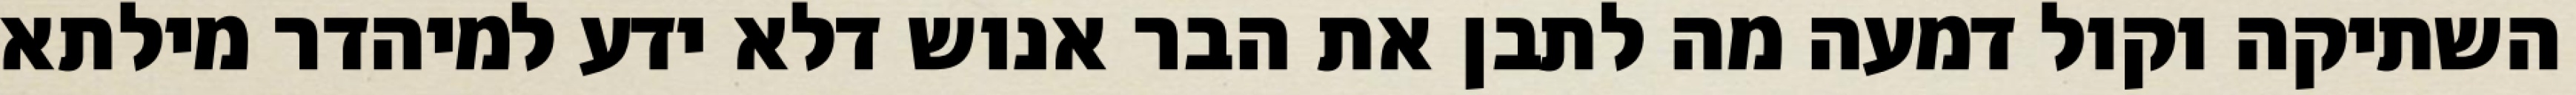
השתיקה וקול דמעה מה לתבן את הבר אנוש דלא ידע למיהדר מילתא